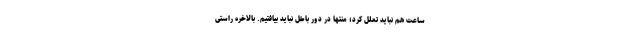
ساعت هم نباید تعلل کرد؛ منتها در دور باطل نباید بیافتیم. بالاخره راستی